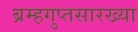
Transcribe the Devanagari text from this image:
ब्रम्हगुप्तसारख्या